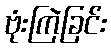
ဗုံးကြဲခြင်း